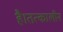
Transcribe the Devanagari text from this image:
है।तत्कालीन